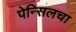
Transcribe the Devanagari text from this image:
पेन्सिलचा